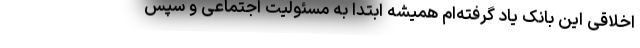
اخلاقی این بانک یاد گرفته‌ام همیشه ابتدا به مسئولیت اجتماعی و سپس